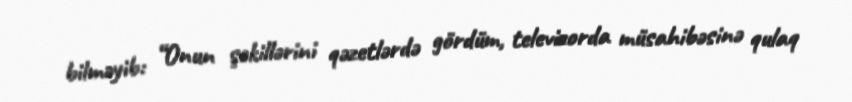
bilməyib: “Onun şəkillərini qəzetlərdə gördüm, televizorda müsahibəsinə qulaq